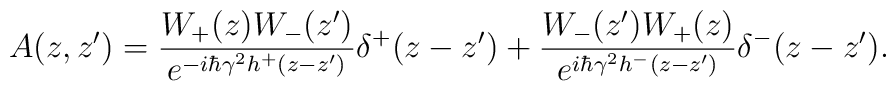
A(z,z')=\frac{ W_+(z)W_-(z')}{e^{-i\hbar\gamma^2 h^+(z-z')}}\delta^+(z-z')+\frac{W_-(z') W_+(z)}{e^{i\hbar\gamma^2 h^-(z-z')}}\delta^-(z-z').